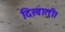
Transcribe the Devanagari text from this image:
दिखाती।